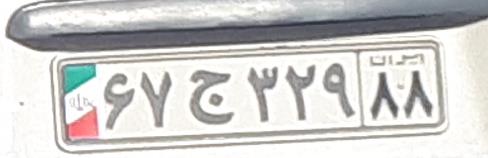
۶۷ج۲۲۹۸۸